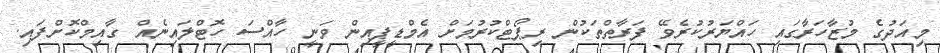
މިއަދުގެ މުޒާހަރާގައި ހައްޔަރުކުރެވޭ ފަރާތްތަކުން ރިޕޯޓްކުރުމަށް އެމްޑީޕީއިން ވަނީ ހާއްސަ ހޮޓްލައިނެއް ގާއިމްކޮށްފައި.